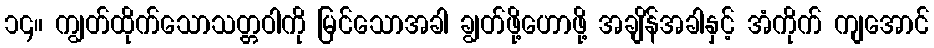
၁၄။ ကျွတ်ထိုက်သောသတ္တဝါကို မြင်သောအခါ ချွတ်ဖို့ဟောဖို့ အချိန်အခါနှင့် အံကိုက် ကျအောင်